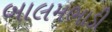
બાલમભાડી